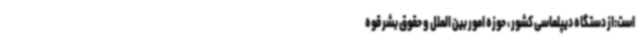
است:از دستگاه دیپلماسی کشور ، حوزه امور بین الملل و حقوق بشر قوه